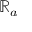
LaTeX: \mathbb { R } _ { a }